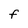
Character: F